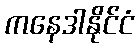
ကနေဒါနိုင်ငံ